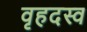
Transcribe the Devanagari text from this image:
वृहदस्व